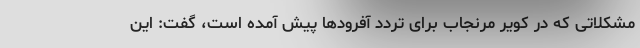
مشکلاتی که در کویر مرنجاب برای تردد آفرودها پیش آمده است، گفت: این